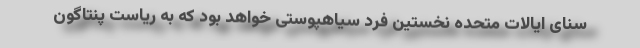
سنای ایالات متحده نخستین فرد سیاهپوستی خواهد بود که به ریاست پنتاگون